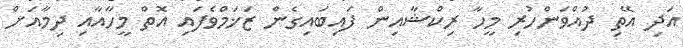
އަދި އޭތި ދުއްވަންހުރި މީހާ ރިކްޝާއިން ފައިބައިގެން ޒަޚަމްވެފައި އޮތް މީހާއާއި ދިމާއަށް